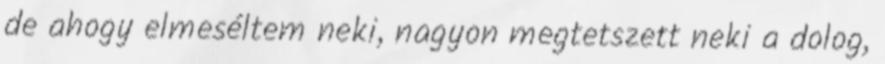
de ahogy elmeséltem neki, nagyon megtetszett neki a dolog,